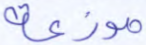
موزعة